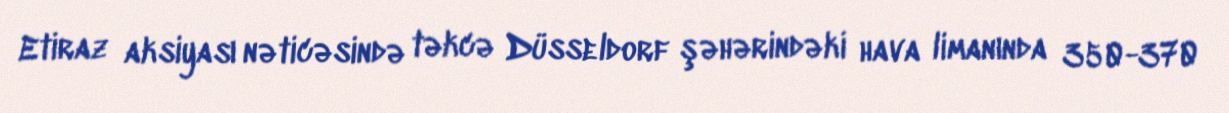
Etiraz aksiyası nəticəsində təkcə Düsseldorf şəhərindəki hava limanında 350-370